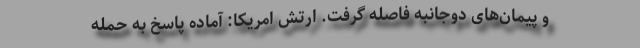
و پیمان‌های دو‌جانبه فاصله گرفت. ارتش امریکا: آماده‌ پاسخ به حمله